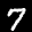
Label: 7